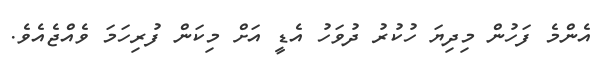
އެންމެ ފަހުން މިދިޔަ ހުކުރު ދުވަހު އެޑީ އަށް މިކަން ފުރިހަމަ ވެއްޖެއެވެ.